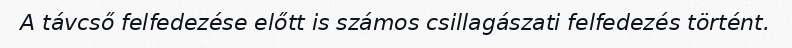
A távcső felfedezése előtt is számos csillagászati felfedezés történt.